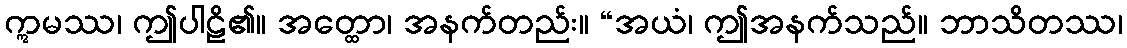
ဣမဿ၊ ဤပါဠိ၏။ အတ္ထော၊ အနက်တည်း။ “အယံ၊ ဤအနက်သည်။ ဘာသိတဿ၊